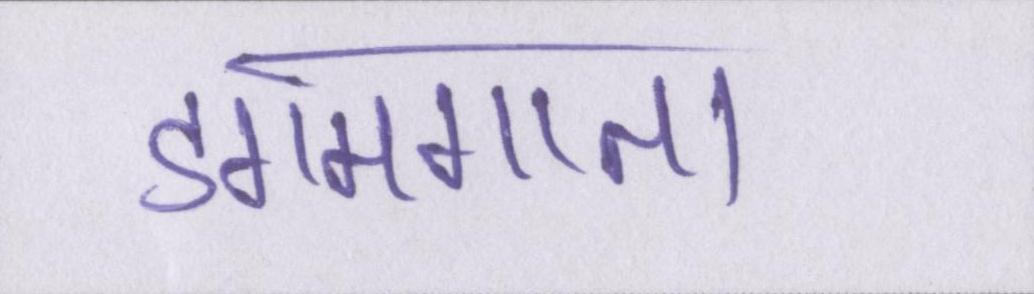
डगमगाता